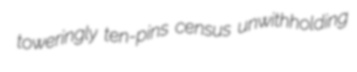
toweringly ten-pins census unwithholding